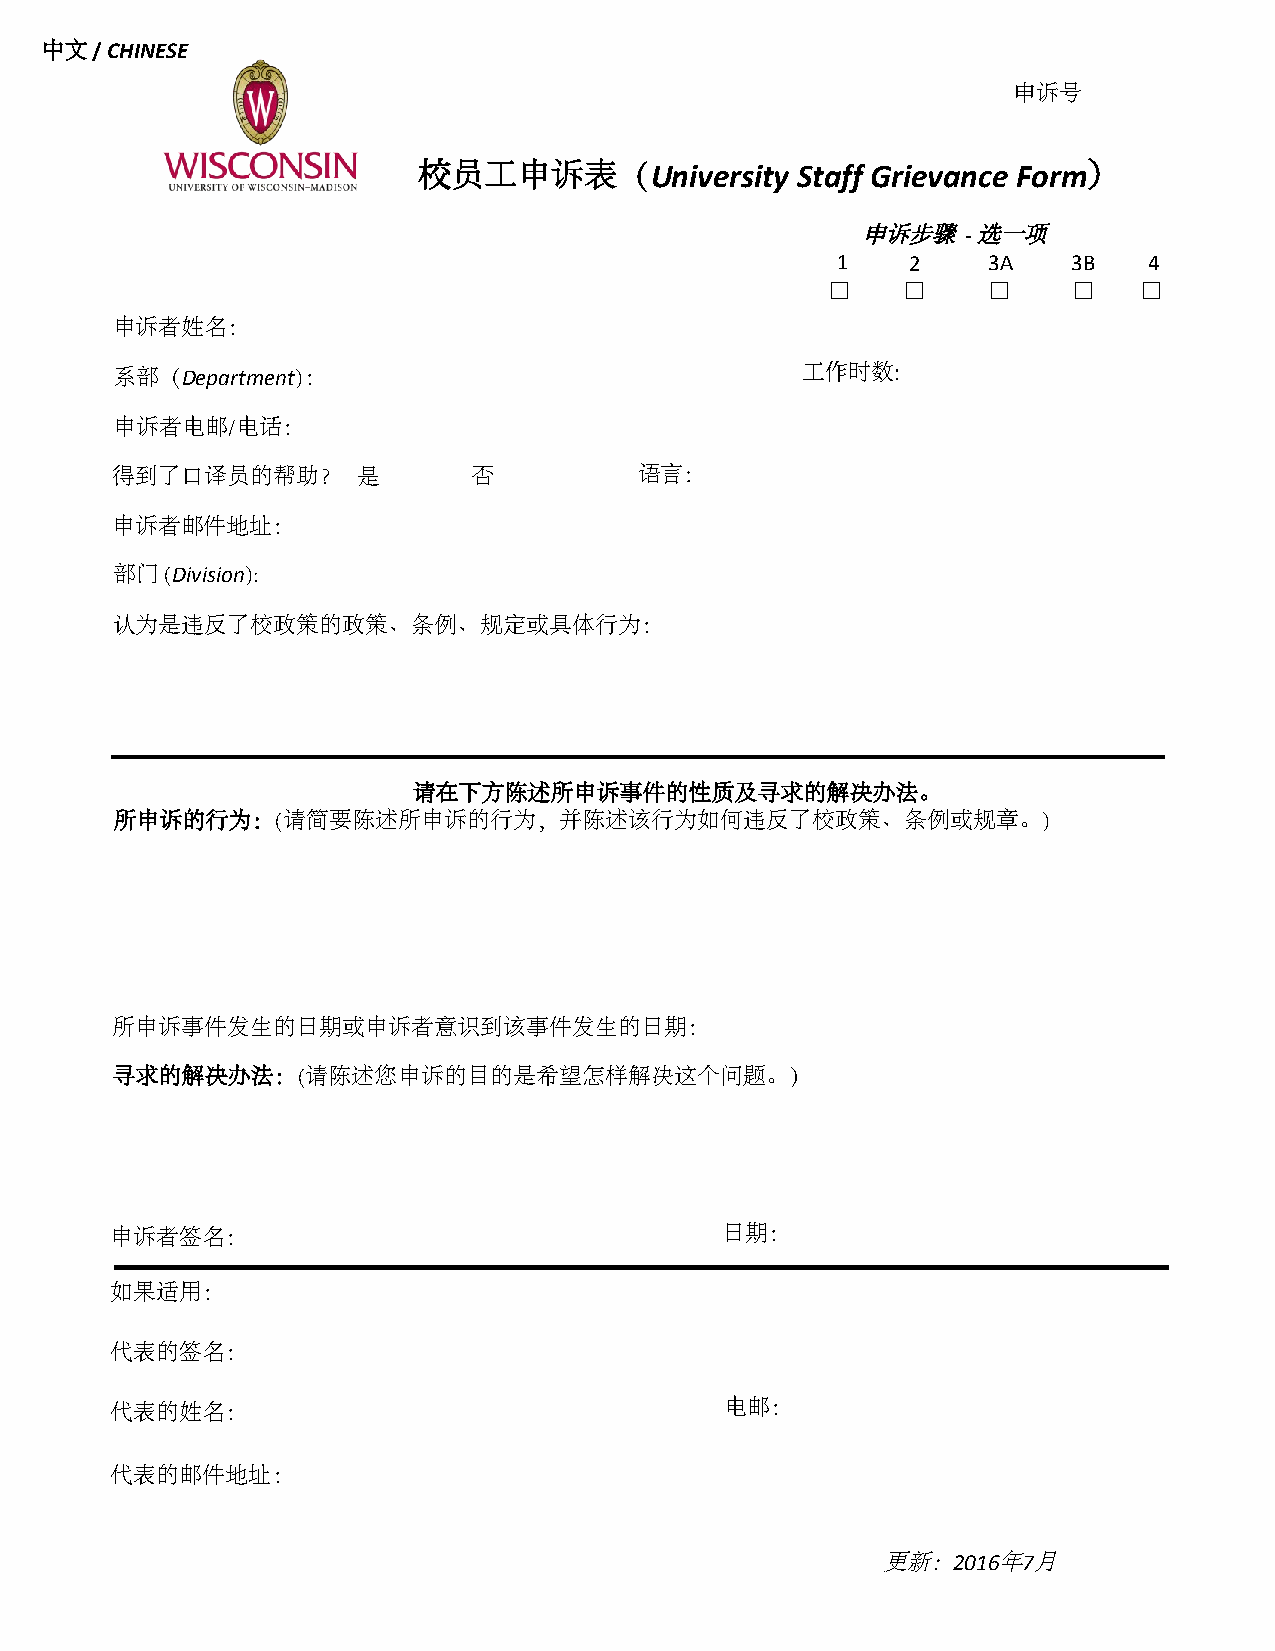
中文 / CHINESE
 申诉号
 校员工申诉表（University        Staff Grievance Form）
 申诉步骤   - 选一项
 1    2    3A    3B   4
 ☐    ☐    ☐     ☐   ☐
 申诉者姓名：
 系部（Department)：                               工作时数:
 申诉者电邮/电话：
 得到了口译员的帮助？       是      否          语言：
 申诉者邮件地址：
 部门  (Division):
 认为是违反了校政策的政策、条例、规定或具体行为：
 请在下方陈述所申诉事件的性质及寻求的解决办法。
 所申诉的行为：(请简要陈述所申诉的行为，并陈述该行为如何违反了校政策、条例或规章。)
 所申诉事件发生的日期或申诉者意识到该事件发生的日期：
 寻求的解决办法：(请陈述您申诉的目的是希望怎样解决这个问题。）
 申诉者签名：                                   日期：
 如果适用：
 代表的签名：
 代表的姓名：                                   电邮：
 代表的邮件地址：
 更新：2016年7月